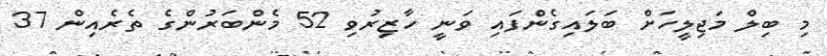
މި ބިލް މަޖިލީހަށް ބަލައިގެންފައި ވަނީ ހާޒިރުވި 52 މެންބަރުންގެ ތެރެއިން 37